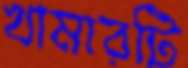
খামারটি